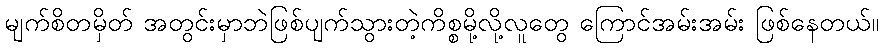
မျက်စိတမှိတ် အတွင်းမှာဘဲဖြစ်ပျက်သွားတဲ့ကိစ္စမို့လို့လူတွေ ကြောင်အမ်းအမ်း ဖြစ်နေတယ်။